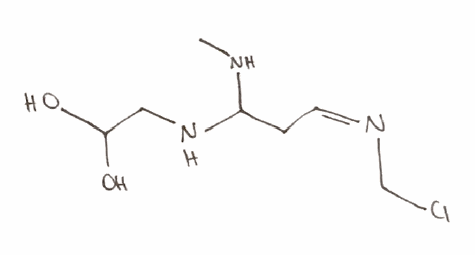
Simplified molecular-input line-entry system (SMILES) notation of the given molecule:
CNC(C/C=N\CCl)NCC(O)O